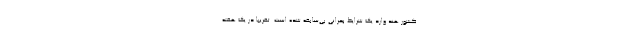
کشور هند وارد یک شرایط بحرانی بی‌سابقه شده است. تقریبا در یک هفته